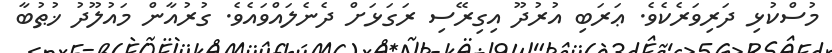
މުސްކުޅި ދަރިވަރެކެވެ. ޢަރަބި އުރުދޫ އިގިރޭސި ރަގަޅަށް ދެނެލައްވައެވެ. ގުރުއާން މައުލޫދު ޚުޠުބާ